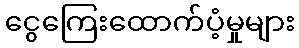
ငွေကြေးထောက်ပံ့မှုများ